Leaving Certificate Examination, 1925
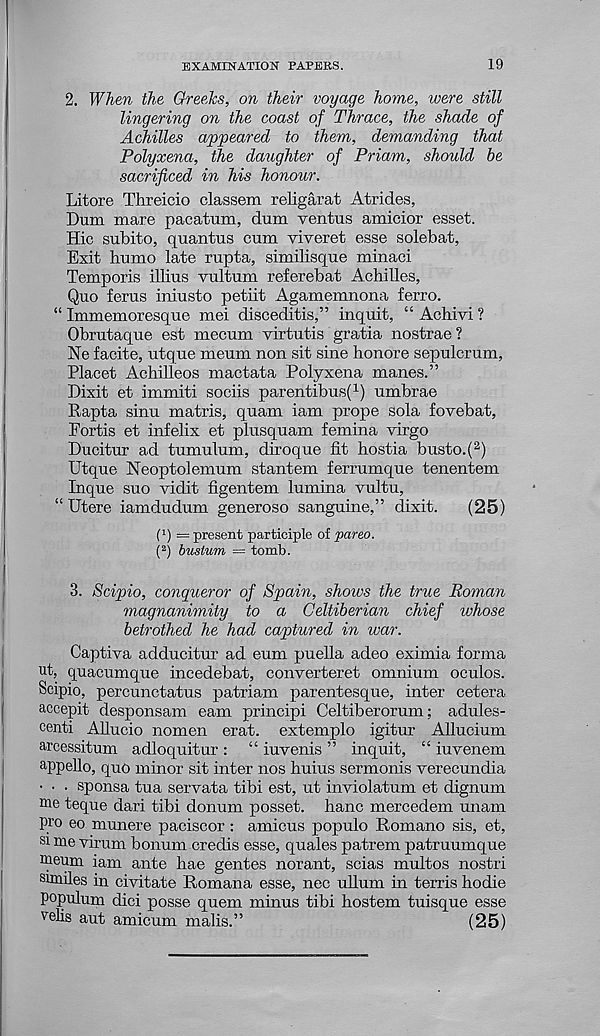
EXAMINATION PAPERS.
19
2. When the Greeks, on their voyage home, were still
lingering on the coast of Thrace, the shade of
Achilles appeared to them, demanding that
Polyxena, the daughter of Priam, should be
sacrificed in his honour.
Litore Threicio classem religarat Atrides,
Thnn mare pacatum, dnm ventus amicior esset.
Hie sub it o, quantus cum viveret esse solebat,
Exit humo late rupta, similisque minaci
Temporis illius vultum referebat Achilles,
Quo ferus iniusto petiit Agamemnona ferro.
“ Immemoresque mei disceditis,” inquit, “ Achivi ?
Obrutaque est mecum virtutis gratia nostrae?
Ne facite, utque meum non sit sine honore sepulcrum,
Placet Achilleos mactata Polyxena manes.”
Dixit et immiti sociis parentibus( 1 ) umbrae
Rapta sinu matris, quam iam prope sola fovebat,
Fortis et infelix et plusquam femina virgo
Ducitur ad tumulum, diroque fit hostia busto.( 2 )
Utque Neoptolemum stantem ferrumque tenentem
Inque suo vidit figentem lumina vultu,
“ Utere iamdudum generoso sanguine,” dixit.
(25)
(!) = present participle of pareo.
( 2 ) bustum = tomb.
3. Scipio, conqueror of Spain, shows the true Roman
magnanimity to a Celtiberian chief whose
betrothed he had captured in war.
Captiva adducitur ad eum puella adeo eximia forma
ut, quacumque incedebat, converteret omnium oculos.
Scipio, percunctatus patriam parentesque, inter cetera
accepit desponsam earn principi Celtiberorum; adules-
centi Allucio nomen erat. extemplo igitur Allucium
arcessitum adloquitur : “ iuvenis ” inquit, “ iuvenem
appello, quo minor sit inter nos huius sermonis verecundia
• • • sponsa tua servata tibi est, ut inviolatum et dignum
me teque dari tibi donum posset, hanc mercedem unam
pro eo munere paciscor : amicus populo Romano sis, et,
si me virum bonum credis esse, quales patrem patruumque
Qieum iam ante hae gentes norant, scias multos nostri
similes in civitate Romana esse, nec ullum in terris hodie
populum dici posse quern minus tibi hostem tuisque esse
velis aut amicum malis.”
(25)